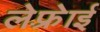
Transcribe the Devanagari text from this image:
लेफ़्रेाई